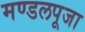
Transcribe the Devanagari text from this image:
मण्डलपूजा